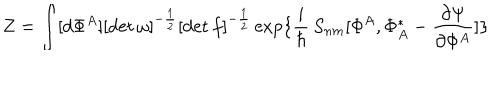
Z = \int [ d \Phi ^ { A } ] [ \det \omega ] ^ { - { \frac { 1 } { 2 } } } [ \det f ] ^ { - { \frac { 1 } { 2 } } } \exp \{ \frac { i } { \hbar } \, S _ { n m } [ \Phi ^ { A } , \Phi _ { A } ^ { * } - { \frac { \partial \Psi } { \partial \Phi ^ { A } } } ] \}